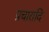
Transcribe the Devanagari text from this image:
प्रचारादि